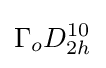
\Gamma _{o}D_{2h}^{10}